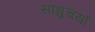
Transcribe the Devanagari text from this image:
साधुचर्या